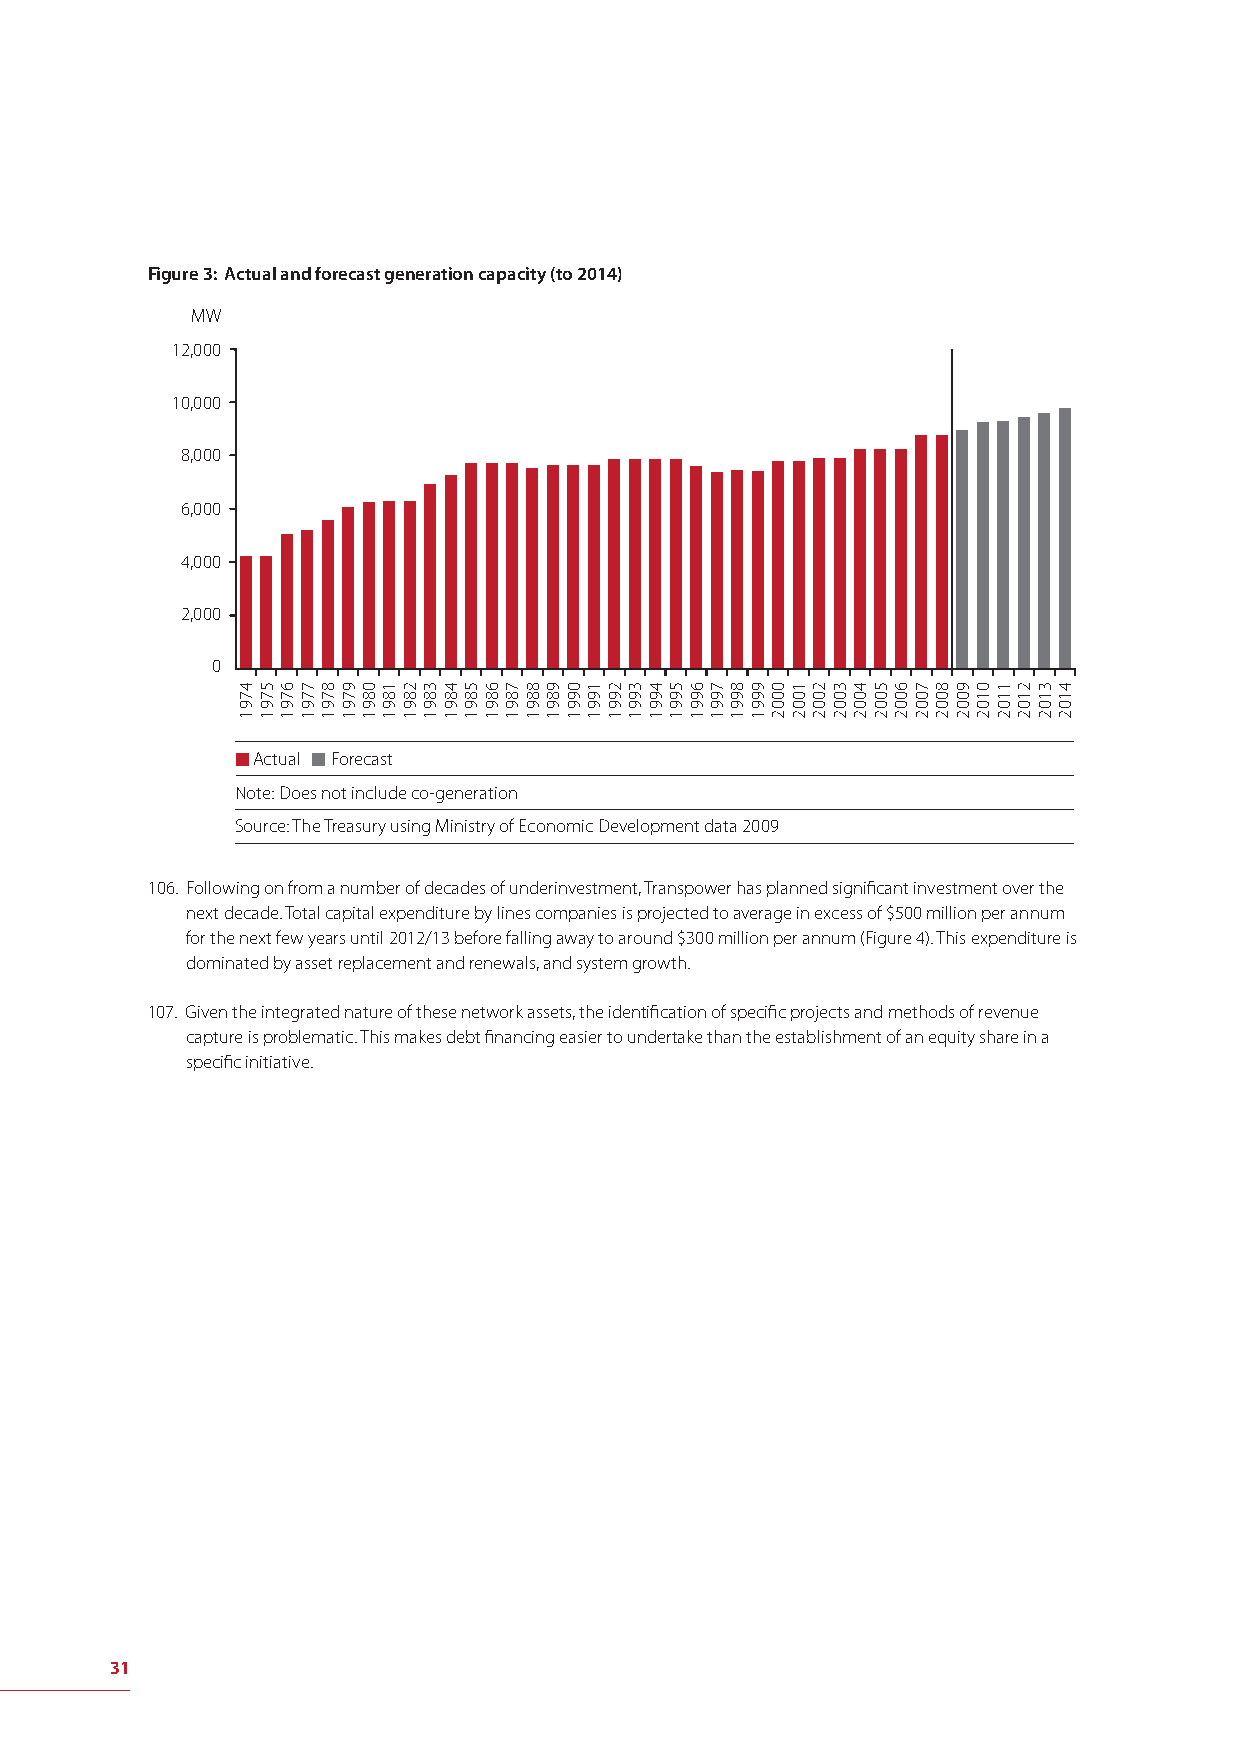
Figure 3: Actual and forecast generation capacity (to 2014)
 MW
 12,000
 10,000
 8,000
 6,000
 4,000
 2,000
 0
 Actual Forecast
 Note: Does not include co-generation
 Source: The Treasury using Ministry of Economic Development data 2009
 106. Following on from a number of decades of underinvestment, Transpower has planned signifi cant investment over the
 next decade. Total capital expenditure by lines companies is projected to average in excess of $500 million per annum
 for the next few years until 2012/13 before falling away to around $300 million per annum (Figure 4). This expenditure is
 dominated by asset replacement and renewals, and system growth.
 107. Given the integrated nature of these network assets, the identifi cation of specifi c projects and methods of revenue
 capture is problematic. This makes debt fi nancing easier to undertake than the establishment of an equity share in a
 specifi c initiative.
 31
 4791 5791 6791 7791 8791 9791 0891 1891 2891 3891 4891 5891 6891 7891 8891 9891 0991 1991 2991 3991 4991 5991 6991 7991 8991 9991 0002 1002 2002 3002 4002 5002 6002 7002 8002 9002 0102 1102 2102 3102 4102